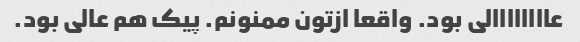
عاااااااالی بود. واقعا ازتون ممنونم. پیک هم عالی بود.